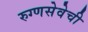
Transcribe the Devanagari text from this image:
रुग्णसेवेची